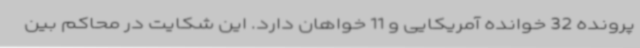
پرونده 32 خوانده آمریکایی و 11 خواهان دارد. این شکایت در محاکم بین